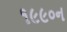
૧૯૯૦ન